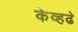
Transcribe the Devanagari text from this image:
केव्हढे